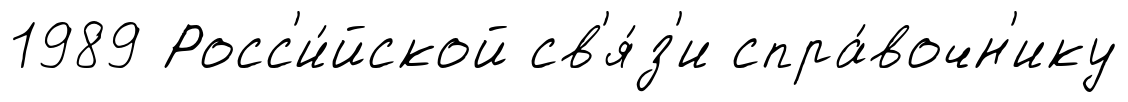
1989 Росс'и́йской св'я́з'и спра́вочн'ику